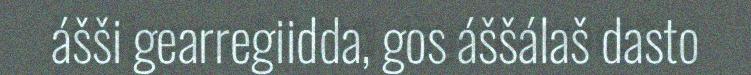
ášši gearregiidda, gos áššálaš dasto